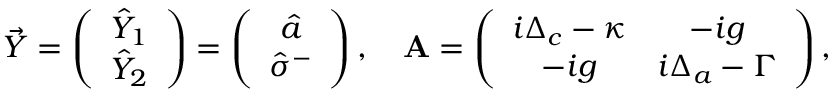
\vec { Y } = \left( \begin{array} { c } { \hat { Y } _ { 1 } } \\ { \hat { Y } _ { 2 } } \end{array} \right) = \left( \begin{array} { c } { \hat { a } } \\ { \hat { \sigma } ^ { - } } \end{array} \right) , \quad \mathbf { A } = \left( \begin{array} { c c } { i \Delta _ { c } - \kappa } & { - i g } \\ { - i g } & { i \Delta _ { a } - \Gamma } \end{array} \right) ,